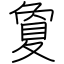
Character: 夐